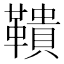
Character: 鞼